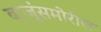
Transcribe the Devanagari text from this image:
बाजूंसमोरील